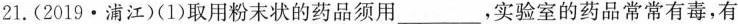
21.(2019·浦江)(1)取用粉末状的药品须用\underline，实验室的药品常常有毒，有